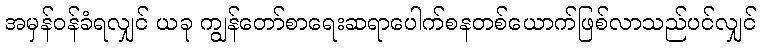
အမှန်ဝန်ခံရလျှင် ယခု ကျွန်တော်စာရေးဆရာပေါက်စနတစ်ယောက်ဖြစ်လာသည်ပင်လျှင်